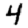
Digit: 4